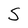
Character: S